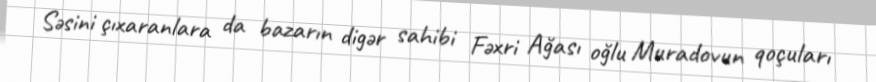
Səsini çıxaranlara da bazarın digər sahibi Fəxri Ağası oğlu Muradovun qoçuları